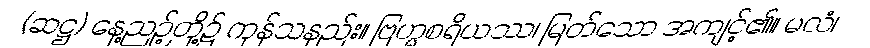
(ဆဋ္ဌ) နေ့ညဉ့်တို့၌ ကုန်သနည်း။ ဗြဟ္မစရိယဿ၊ မြတ်သော အကျင့်၏။ မလံ၊